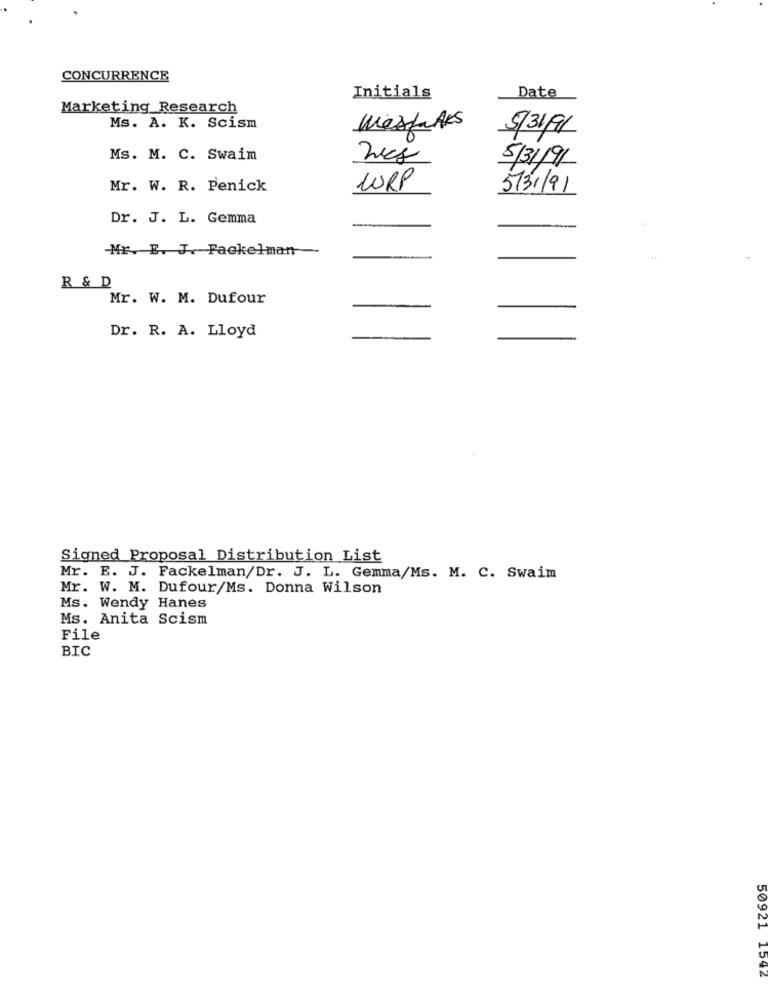
CONCURRENCE
Date
Initials
Marketing Research
Ms. A. K. Scism
mestaAKS
0
5/31/91
Ms. M. C. Swaim
5/31/91
Mr. W. R. Penick
CORP
5/31/91
Dr. J. L. Gemma
Mr. E. J. Fackelman
R & D
Mr. W. M. Dufour
Dr. R. A. Lloyd
Signed Proposal Distribution List
Mr. E. J. Fackelman/Dr. J. L. Gemma/Ms. M. C. Swaim
Mr. W. M. Dufour/Ms. Donna Wilson
Ms. Wendy Hanes
Ms. Anita Scism
File
BIC
50921 1542